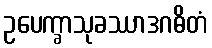
ဥပေက္ခာသုခဿာဒဂဓိတံ